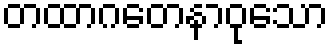
တထာဂတေနာဝုသော